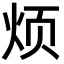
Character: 烦